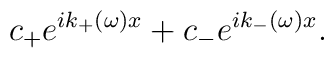
c_{+} e^{i k_{+} (\omega) x} +c_{-} e^{i k_{-} (\omega) x}.